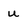
Character: u